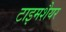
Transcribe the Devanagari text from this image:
टाइमशैयर